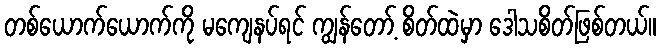
တစ်ယောက်ယောက်ကို မကျေနပ်ရင် ကျွန်တော့် စိတ်ထဲမှာ ဒေါသစိတ်ဖြစ်တယ်။